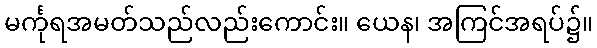
မင်္ကုရအမတ်သည်လည်းကောင်း။ ယေန၊ အကြင်အရပ်၌။